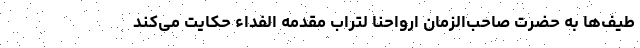
طیف‌ها به حضرت صاحب‌الزمان ارواحنا لتراب مقدمه الفداء حکایت می‌کند